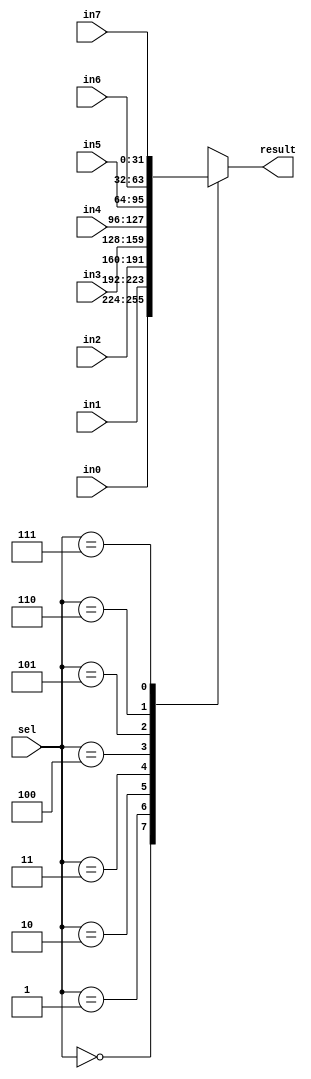
`timescale 1ns / 1ps



module mux8to1_result(result, sel, in0, in1, in2, in3, in4, in5, in6, in7);
    input [31:0] in0, in1, in2, in3, in4, in5, in6, in7;
    input [2:0] sel;
    output reg [31:0] result;
    
    always@ (*) begin
        case(sel)
            3'b000: result = in0;
            3'b001: result = in1;
            3'b010: result = in2;
            3'b011: result = in3;
            3'b100: result = in4;
            3'b101: result = in5;
            3'b110: result = in6;
            3'b111: result = in7;
            default: result = 32'bx;
         endcase
    end
endmodule